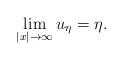
LaTeX: \begin{align*} \lim_{|x|\to\infty}u_\eta = \eta. \end{align*}